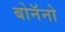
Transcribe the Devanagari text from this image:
बोनॅनो